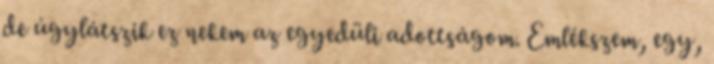
de úgylátszik ez nekem az egyedüli adottságom. Emlékszem, egy,